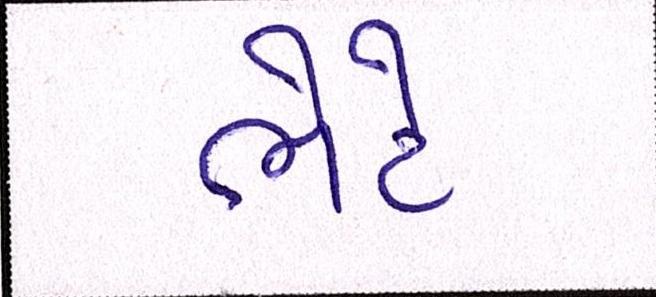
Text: ભેટે